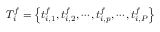
T _ { i } ^ { f } = \left\{ t _ { i , 1 } ^ { f } , t _ { i , 2 } ^ { f } , \cdots , t _ { i , p } ^ { f } , \cdots , t _ { i , P } ^ { f } \right\}